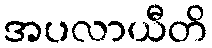
အပလာယီတိ